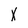
Character: X